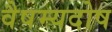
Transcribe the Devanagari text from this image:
वैषम्यदोष